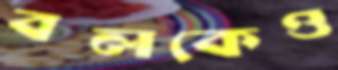
বলকেও